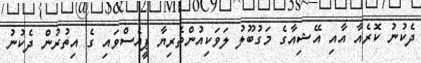
ދެކުނު ކޮރެއާ އާއި އޭޝިއާގެ މަގުބޫލު ލަވަކިއުންތެރިޔާ ޕީއެސްވައި ގެ އިތުރުން ދެކުނު